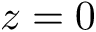
z = 0